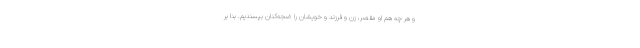
و هر چه هم او مقصر، زن و فرزند و خویشان را ضجه‌کنان بپسندیم. بنا بر